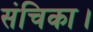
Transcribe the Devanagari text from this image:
संचिका।